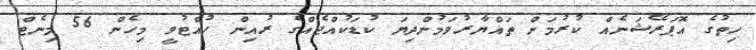
ހިތުގެ އޮޕަރޭޝަނެއް ކުރުމަށް ތައްޔާރުވަމުންދިޔަ ކުޑަކުއްޖެއްގެ ރުއިން ހުއްޓުވީ މިހެން 56 މިނެޓް